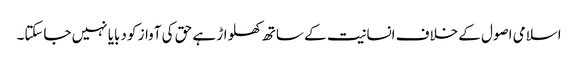
اسلامی اصول کے خلاف انسانیت کے ساتھ کھلواڑ ہے حق کی آواز کو دبایا نہیں جاسکتا۔